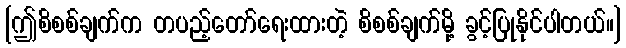
[ဤစိစစ်ချက်က တပည့်တော်ရေးထားတဲ့ စိစစ်ချက်မို့ ခွင့်ပြုနိုင်ပါတယ်။]